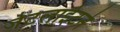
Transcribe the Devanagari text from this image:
जेटलाईटने